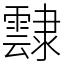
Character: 霴